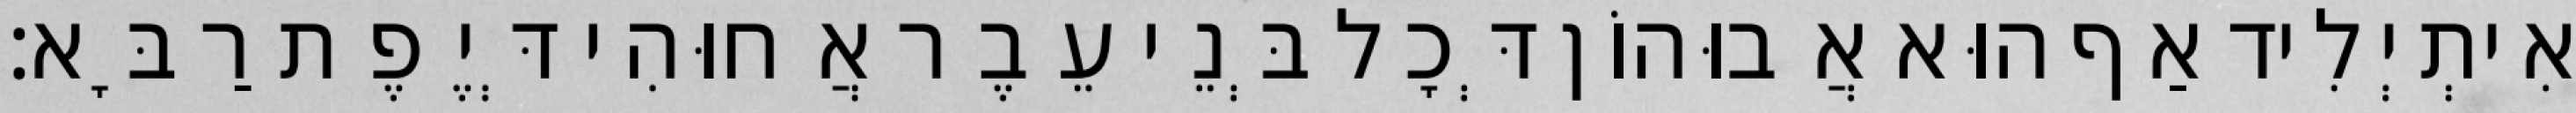
אִיתְיְלִיד אַף הוּא אֲבוּהוֹן דְּכָל בְּנֵי עֵבֶר אֲחוּהִי דְּיֶפֶת רַבָּא׃